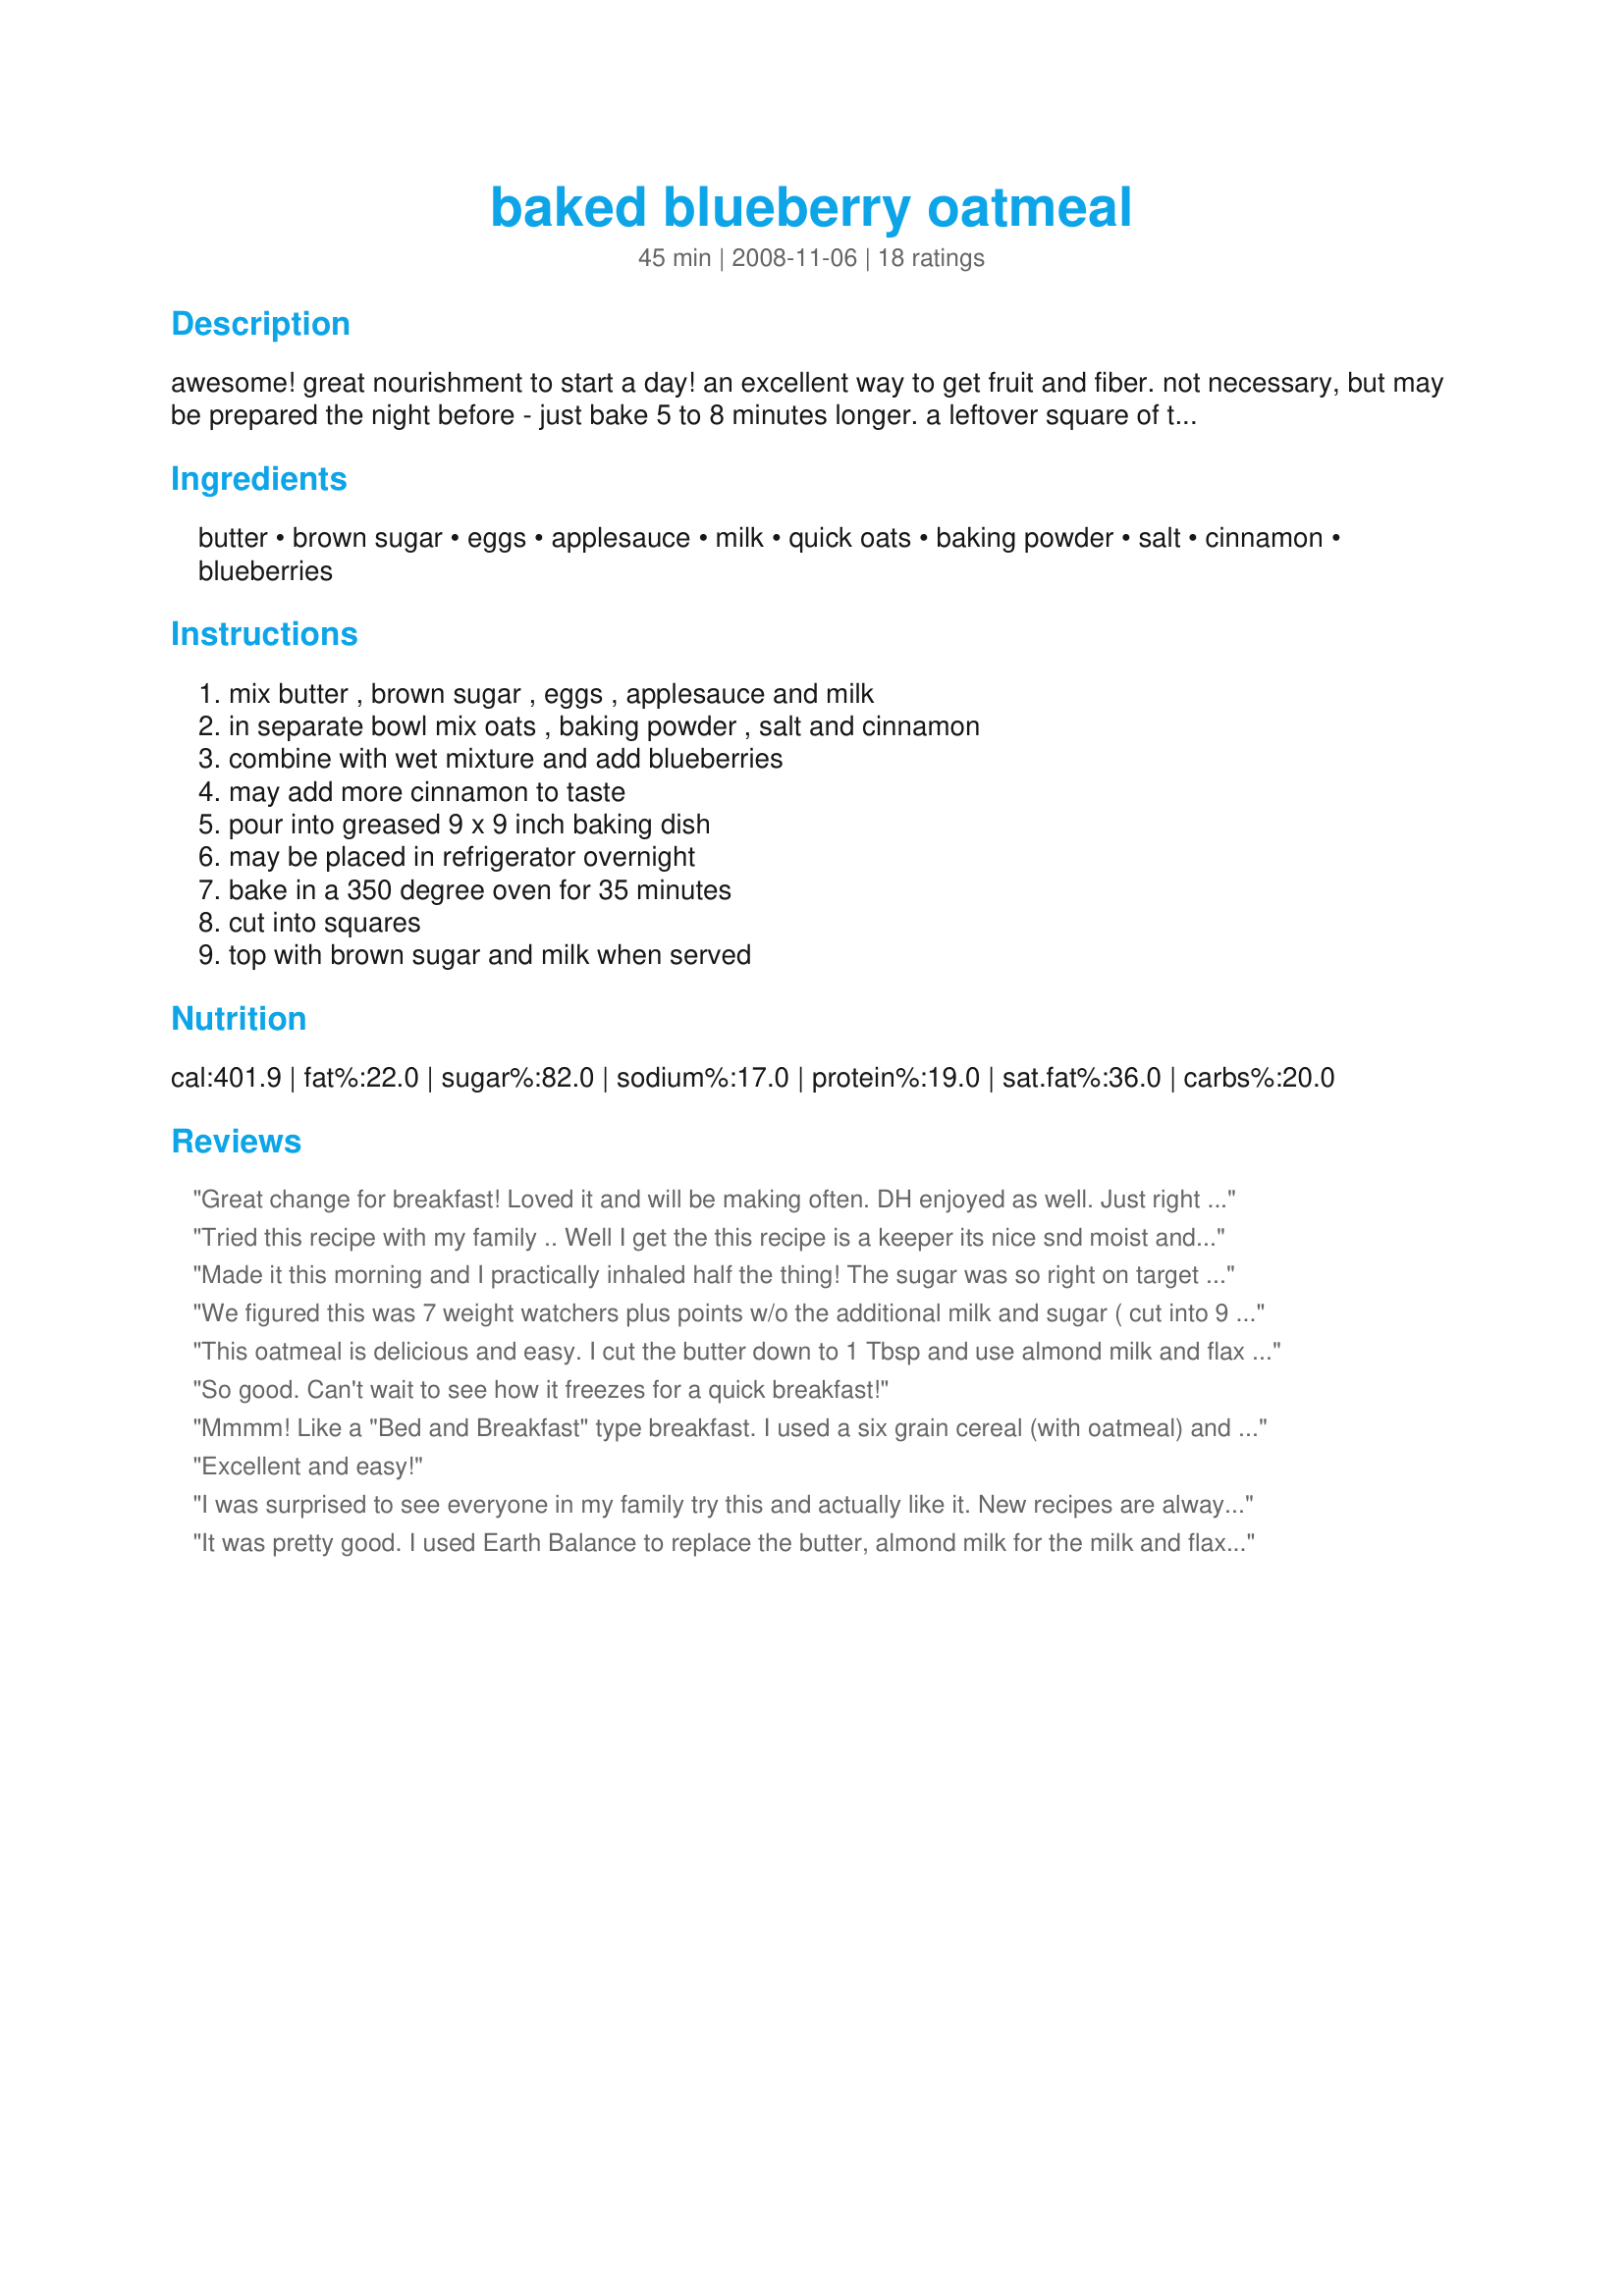
baked blueberry oatmeal
Preparation time: 45 minutes

awesome! great nourishment to start a day! an excellent way to get fruit and fiber. not necessary, but may be prepared the night before - just bake 5 to 8 minutes longer. a leftover square of this oatmeal warms well in the microwave. cream or milk poured over hot oatmeal enhances the flavor. if you are using frozen blueberries, no need to thaw - throw them in! easy to prepare!

Ingredients:
butter, brown sugar, eggs, applesauce, milk, quick oats, baking powder, salt, cinnamon, blueberries

Steps:
mix butter , brown sugar , eggs , applesauce and milk, in separate bowl mix oats , baking powder , salt and cinnamon, combine with wet mixture and add blueberries, may add more cinnamon to taste, pour into greased 9 x 9 inch baking dish, may be placed in refrigerator overnight, bake in a 350 degree oven for 35 minutes, cut into squares, top with brown sugar and milk when served

Reviews:
Great change for breakfast! Loved it and will be making often. DH enjoyed as well. Just right amount of sweetness to us---we didn't add brown sugar when we ate it. I did try a little with milk, but preferred it without it. Thanks for posting!
Tried this recipe with my family .. Well I get the this recipe is a keeper its nice snd moist and not to sweet just right for this family.. T his is the best recipe we tried and we&#039;re keeping it.... I did use blueberries we want to try it with other fruit as well...
Made it this morning and I practically inhaled half the thing! The sugar was so right on target and it tasted excellent right out of the oven. And so easy to make! Thanks for sharing. BTW, I made this because of the lovely picture you posted on the photo forum that just said to me make me you will not be sorry! And it was true!
We figured this was 7 weight watchers plus points w/o the additional milk and sugar ( cut into 9 portions which was plenty if you added fruit)..Sticks to your ribs!
This oatmeal is delicious and easy. I cut the butter down to 1 Tbsp and use almond milk and flax eggs. I like it a bit firmer, so I cook it for 50 minutes instead. Fantastic!
So good. Can't wait to see how it freezes for a quick breakfast!
Mmmm! Like a "Bed and Breakfast" type breakfast.
I used a six grain cereal (with oatmeal) and a can of mixed berries in light syrup (drained). Amazing!!!
If you wonder if you will like this, you will!!
Excellent and easy!
I was surprised to see everyone in my family try this and actually like it. New recipes are always "suspect" in this house - guess they are worried it will be too healthy. Anyway - I made as is - no changes. Cuts well. Ate it warm with milk and brown sugar. Will make again! Mrs. Cat
It was pretty good. I used Earth Balance to replace the butter, almond milk for the milk and flax eggs for the eggs. Also made it single portion and also used 1tbsp of sugar. I would definitely make it again
Really enjoyed this! Perfect amt of sweet. . .perfect amt of "stickiness". . .great flavor. . .loved the blueberries. Made it as written, but used cherry flavored applesauce, so mine turned out pink. Would have been perfect if I had made it NEXT weekend for Valentine's Day!!!! Will definitely make it again. Made for AUS/NZ Feb Recipe Swap.
This recipe is absolutely fantastic! We LOVE it! Just enough sweetness, great texture. The leftovers are exactly as good as the day it was made.
I had never tried baked oatmeal before. I liked it. Although I much prefer it hot out of the oven, as is... more like a cake, than with milk or as reheated leftovers. The leftover slices are a very convienient way to give my two little boys oatmeal for breakfast. My youngest can eat it as finger food, and my oldest can eat his with milk using a spoon. I also tried this recipe made-over to be a bit healthier and it turned out nearly as good as the original... so that was pleasing!
Excellent recipe; great-tasting and easy to prepare. Also good with chopped apples.
My family and I love this! It's my new go-to recipe for easy weekend breakfasts and snacks. I'm tripling today's batch to freeze portions for rushed school mornings. Variations: I decreased the sugar and added maple syrup and pecans to the blueberries. SOOOOO yummy! I've also tried this recipe with apples and walnuts instead of blueberries and pecans. It was just as good. I can't wait to try fresh strawberries, blackberries, and peaches this summer.
I LOVE it! Simple and nutritious, not too sweet. It is good as a snack as well as for breakfast. I like cutting it in bars and stashing in the fridge. Perfect to pop in the micro to heat and go in the morning. I'm experimenting with different flavors--tried adding peaches and almonds with a dash of almond flavoring instead of blueberries--yum!
Thyis is soooo good! I have made this 3 times now, and each time it came out better!
I use cinnamon applesauce and added finely chopped walnuts. My husband and son take them to work and fix them up there. This is a keeper I will be making for a long time. Can't wait for blueberry season!
Thank you for sharing with us!
My daughter takes me to a Food Network spot to eat theirs, it&#039;s fabulous!! I found this recipe and wanted to make right away. My husband said that it was smelling like cake. I said that I was baking oatmeal, which he quickly replied: &quot;I do not like oatmeal&quot;. Ok, sure. It&#039;s done cooking and I tried a piece and gave a bite to him to eat. Hmmm, he&#039;s loving it!! I am so glad he does. It is easy and made as it is, no changes. Perfect! Thank you. Ths will be my new recipe. I sent to my daughter to make for my grandson. He will love it, too!
